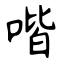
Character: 喈